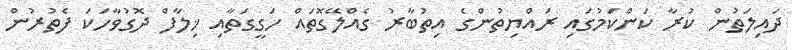
ދައިލަތުން ކުރާ ކަންކަމުގައި ރައްޔިތުންގެ އިތުބާރު ގެއްލޭގޮތައް ހަގީގަތާއި ޚިލާފް ދޮގުވާހަކަ ފެތުރުން